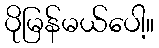
ပိုမြန်မယ်ပေါ့။